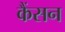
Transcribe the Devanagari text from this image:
कैंसन